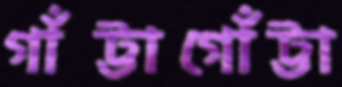
গাঁট্টাগোঁট্টা